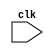
module clk_trigger_behavioral_model (
    input wire clk,
    // other input/output ports here
);

reg prev_clk;

always @(negedge clk) begin
    // Synchronous logic operations triggered on falling edge of clock
    // Example: toggle a signal on falling edge of clock
    if (prev_clk == 1'b1) begin
        // Perform desired operations here
    end
    
    // Save current clock value for checking rising edge
    prev_clk <= clk;
end

// other module logic here

endmodule